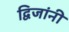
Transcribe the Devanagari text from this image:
द्विजांनी